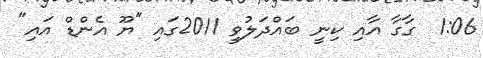
1:06  ގާގާ އާއި ކިނީ ބައްދަލުވީ 2011ގައި "ޔޫ އެންޑް އައި"